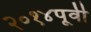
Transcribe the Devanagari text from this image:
२०१४पूर्वी